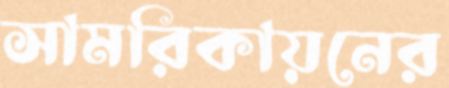
সামরিকায়নের